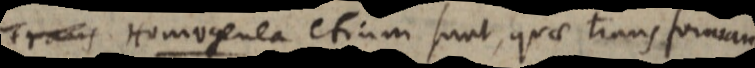
Trans Homogenea etiam sunt, quae transforman